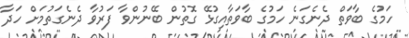
ހަމުގެ ބާވަތް ދެނެގަނެ ހަމުގެ ބާވަތާއިގުޅޭ ގޮތުން ބޭނުންވާ ފަރުވާ ދެނެގަތުމަށް ހަދާ